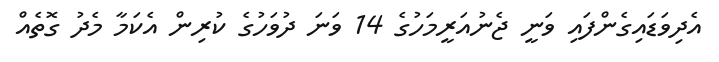
އެދިވަޑައިގެންފައި ވަނީ ޖެނުއަރީމަހުގެ 14 ވަނަ ދުވަހުގެ ކުރިން އެކަމާ މެދު ގޮތެއް